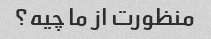
منظورت از ما چیه؟